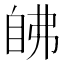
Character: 𰯵